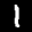
Label: 1